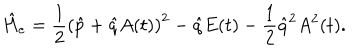
LaTeX: \hat { H } _ { e } = \frac { 1 } { 2 } \left( \hat { p } + \hat { q } A ( t ) \right) ^ { 2 } - \hat { q } E ( t ) - \frac { 1 } { 2 } \hat { q } ^ { 2 } A ^ { 2 } ( t ) .